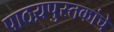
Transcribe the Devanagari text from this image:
पाठय़पुस्तकांचे